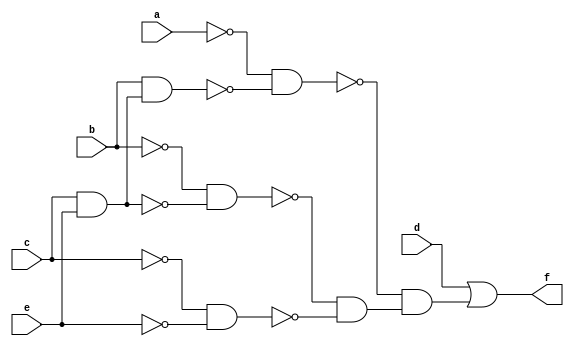
module traffic_cl ( 
    a, b, c, d, e,
    f  );
  input  a, b, c, d, e;
  output f;
  wire new_n7_, new_n8_, new_n9_, new_n10_, new_n11_, new_n12_, new_n13_;
  assign new_n7_ = c & e;
  assign new_n8_ = b & new_n7_;
  assign new_n9_ = ~a & ~new_n8_;
  assign new_n10_ = ~b & ~new_n7_;
  assign new_n11_ = ~c & ~e;
  assign new_n12_ = ~new_n10_ & ~new_n11_;
  assign new_n13_ = ~new_n9_ & new_n12_;
  assign f = d | new_n13_;
endmodule